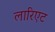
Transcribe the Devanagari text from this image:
लारिएट